Vaccination in Bombay 1889-1901 - 1889-1901
Year: 1889
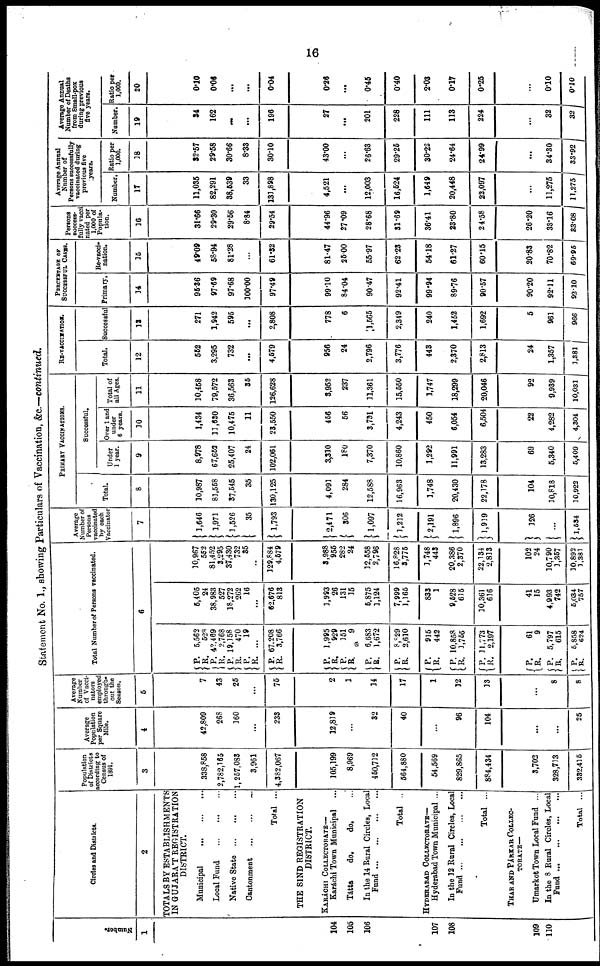
16
Statement No. 1., showing Particulars of Vaccination, &c.—continued.
Number.
1
104
105
106
107
108
109
110
Circles and Districts.
2
TOTALS BY ESTABLISHMENTS
IN GUJARAT REGISTRATION
DISTRICT.
Municipal
...
...
...
Local Fund
...
...
...
Native
State...
...
...
Cantonment...
...
...
Total ...
THE SIND REGISTRATION
DISTRICT.
KARÁCHI COLLECTORATE—
Karáchi Town Municipal ...
Tátta
do.
do. ...
In the 14 Rural Circles, Local
Fund...
...
...
...
Total ..
HYDERABAD COLLECTORATE—
Hyderabad Town Municipal ...
In the 12 Rural Circles, Local
Fund...
...
...
...
Total ...
THAR AND PÁRKAR COLLEC¬
TORATE—
Umarkot Town Local Fund ...
In the 8 Rural Circles, Local
Fund...
...
...
...
Total ...
Population
of Districts
according to
Census of
1891.
3
338,858
2,782,165
1,257,083
3,961
4,382,067
105,199
8,969
450,712
564,880
54,569
829,865
884,434
3,702
328,713
332,415
Average
Population
per Square
Mile.
4
42,809
268
160
...
233
12,819
...
32
40
...
96
104
...
...
25
Average
Number
of Vacci¬
nators
employed
through-
out the
Season.
5
7
43
25
...
75
2
1
14
17
1
12
13
...
8
8
Total Number of Persons vaccinated.
6
P.
R. P.
R.
P.
R.
P.
R.
P.
R.
5,562
528
42,469
2,768
19,158
470
19
...
67,208
3,766
P.
R. P.
R.
P.
R.
P.
R.
1,995
929
151
9
6,683
1,672
8,829
2,610
P.
R. P.
R.
P.
R.
915
442
10,858
1,755
11,773
2,197
P.
R.
P.
R.
P.
R.
61
9
5,797
615
5,858
624
5,405
24
38,983
527
18,272
262
16
...
62,676
813
1,993
26
131
15
5,875
1,124
7,999
1,165
833
1
9,528
615
10,361
616
41
15
4,993
742
5,034
757
10,967
552
81,452
3,295
37,430
732
35
...
129,884
4,579
3,988
955
282
24
12,558
2,796
16,828
3,775
1,748
443
20,386
2,370
22,134
2,813
102
24
10,790
1,357
10,892
1,381
Average
Number of
Persons
vaccinated
by each
Vaccinator
7
1,646
1,971
1,526
35
1,793
2,471
306
1,097
1,212
2,191
1,896
1,919
126
...
1,534
PRIMARY VACCINATIONS.
Total.
8
10,987
81,558
37,545
35
130,125
4,091
284
12,588
16,963
1,748
20,430
22,178
104
10,818
10,922
Successful.
Under
1 year.
9
8,978
67,652
25,407
24
102,061
3,310
180
7,370
10,860
1,292
11,991
13,283
69
5,340
5,409
Over 1 and
under
6 years.
10
1,434
11,630
10,475
11
23,550
456
56
3,731
4,243
450
6,054
6,504
22
4,282
4,304
Total of
all Ages.
11
10,458
79,572
36,563
35
126,628
3,952
237
11,361
15,550
1,747
18,299
20,046
92
9,939
10,031
RE-VACCINATION.
Total.
12
552
3,295
732
...
4,579
956
24
2,796
3,776
443
2,370
2,813
24
1,357
1,381
Successful
13
271
1,942
595
...
2,808
778
6
1,565
2,349
240
1,452
1,692
5
961
966
PERCENTAGE OF
SUCCESSFUL CASES.
Primary.
14
95.36
97.69
97.68
100.00
97.49
99.10
84.04
90.47
92.41
99.94
89.76
90.57
90.20
92.11
92.10
Re-vacci-
nation.
15
49.09
58.94
81.28
...
61.32
81.47
25.00
55.97
62.23
54.18
61.27
60.15
20.83
70.82
69.95
Persons
success-
fully vacci¬
nated per
1,000 of
Popula-
tion.
16
31.66
29.30
29.56
8.84
29.54
44.96
27.09
28.68
31.69
36.41
23.80
24.58
26.20
33.16
33.08
Average Annual
Number of
Persons successfully
vaccinated during
previous five
years.
Number.
17
11,035
82,291
38,539
33
131,898
4,521
...
12,003
16,524
1,649
20,448
22,097
...
11,275
11,275
Ratio per
1,000.
18
32.57
29.58
30.66
8.33
30.10
43.00
...
26.63
29.25
30.22
24.64
24.99
...
34.30
33.92
Average Annual
Number of Deaths
from Small-pox
during previous
five years.
Number.
19
34
162
...
...
196
27
...
201
228
111
113
224
...
32
32
Ratio per
1,000.
20
0.10
0.06
...
...
0.04
0.26
...
0.45
0.40
2.03
0.17
0.25
...
0.10
0.10